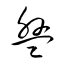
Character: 盤